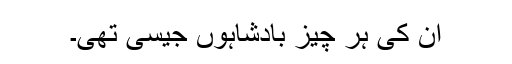
ان کی ہر چیز بادشاہوں جیسی تھی۔